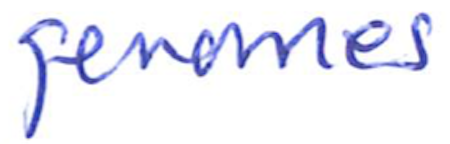
Text: genomes
Cross-out: clean
Writing tool: ballpoint